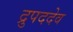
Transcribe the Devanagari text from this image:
द्रुपददेव